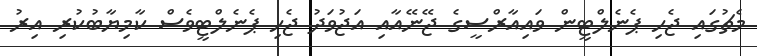
މެޗުގައި ޖެހި ޕެނެލްޓީން ވައިއާރްސީގެ ޖޭނޭއާއި އަޖުވަދު ޖެހި ޕެނެލްޓީވެސް ކާމިޔާބުކުރި އިރު